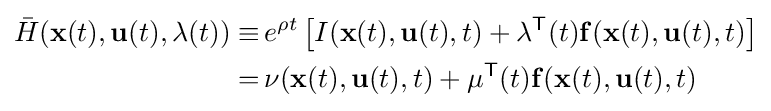
{\begin{aligned}{\bar {H}}(\mathbf {x} (t),\mathbf {u} (t),\mathbf {\lambda } (t))\equiv &\,e^{\rho t}\left[I(\mathbf {x} (t),\mathbf {u} (t),t)+\mathbf {\lambda } ^{\mathsf {T}}(t)\mathbf {f} (\mathbf {x} (t),\mathbf {u} (t),t)\right]\\=&\,\nu (\mathbf {x} (t),\mathbf {u} (t),t)+\mathbf {\mu } ^{\mathsf {T}}(t)\mathbf {f} (\mathbf {x} (t),\mathbf {u} (t),t)\end{aligned}}